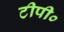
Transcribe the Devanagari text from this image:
टीपी०